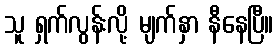
သူ ရှက်လွန်းလို့ မျက်နှာ နီနေပြီ။